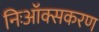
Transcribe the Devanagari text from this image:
निःऑक्सकरण